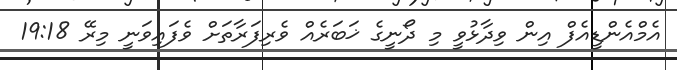
އެމްއެންޑީއެފް އިން ވިދާޅުވީ މި ދޯނީގެ ޚަބަރެއް ވެރިފަރާތަށް ވެފައިވަނީ މިރޭ 19:18